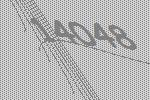
14048